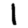
Digit: 1